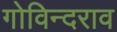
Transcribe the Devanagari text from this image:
गोविन्दराव